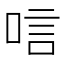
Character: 唁